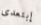
إبتعدى